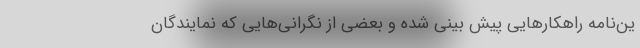
ین‌نامه راهکارهایی پیش بینی شده و بعضی از نگرانی‌هایی که نمایندگان